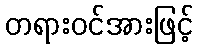
တရားဝင်အားဖြင့်